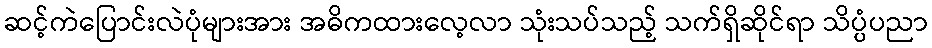
ဆင့်ကဲပြောင်းလဲပုံများအား အဓိကထားလေ့လာ သုံးသပ်သည့် သက်ရှိဆိုင်ရာ သိပ္ပံပညာ